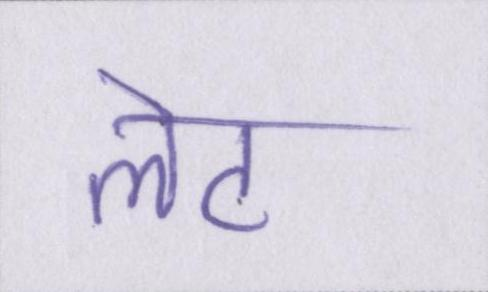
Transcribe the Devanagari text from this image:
लेट